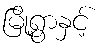
မြို့ရွာနှင့်